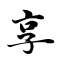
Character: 享